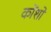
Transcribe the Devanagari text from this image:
कोंशों